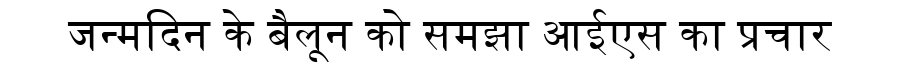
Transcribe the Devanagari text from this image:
जन्मदिन के बैलून को समझा आईएस का प्रचार